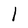
Character: l